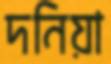
দনিয়া